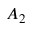
A _ { 2 }